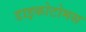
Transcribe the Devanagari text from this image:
डाइकोटोमस